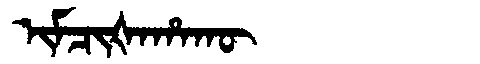
Manchu: ᡳᠮᠴᡳᡧᠠᡥᠠᡴᡡ
Romanization: IMCIŠAHAKŪ